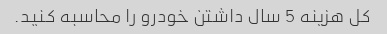
کل هزینه 5 سال داشتن خودرو را محاسبه کنید.